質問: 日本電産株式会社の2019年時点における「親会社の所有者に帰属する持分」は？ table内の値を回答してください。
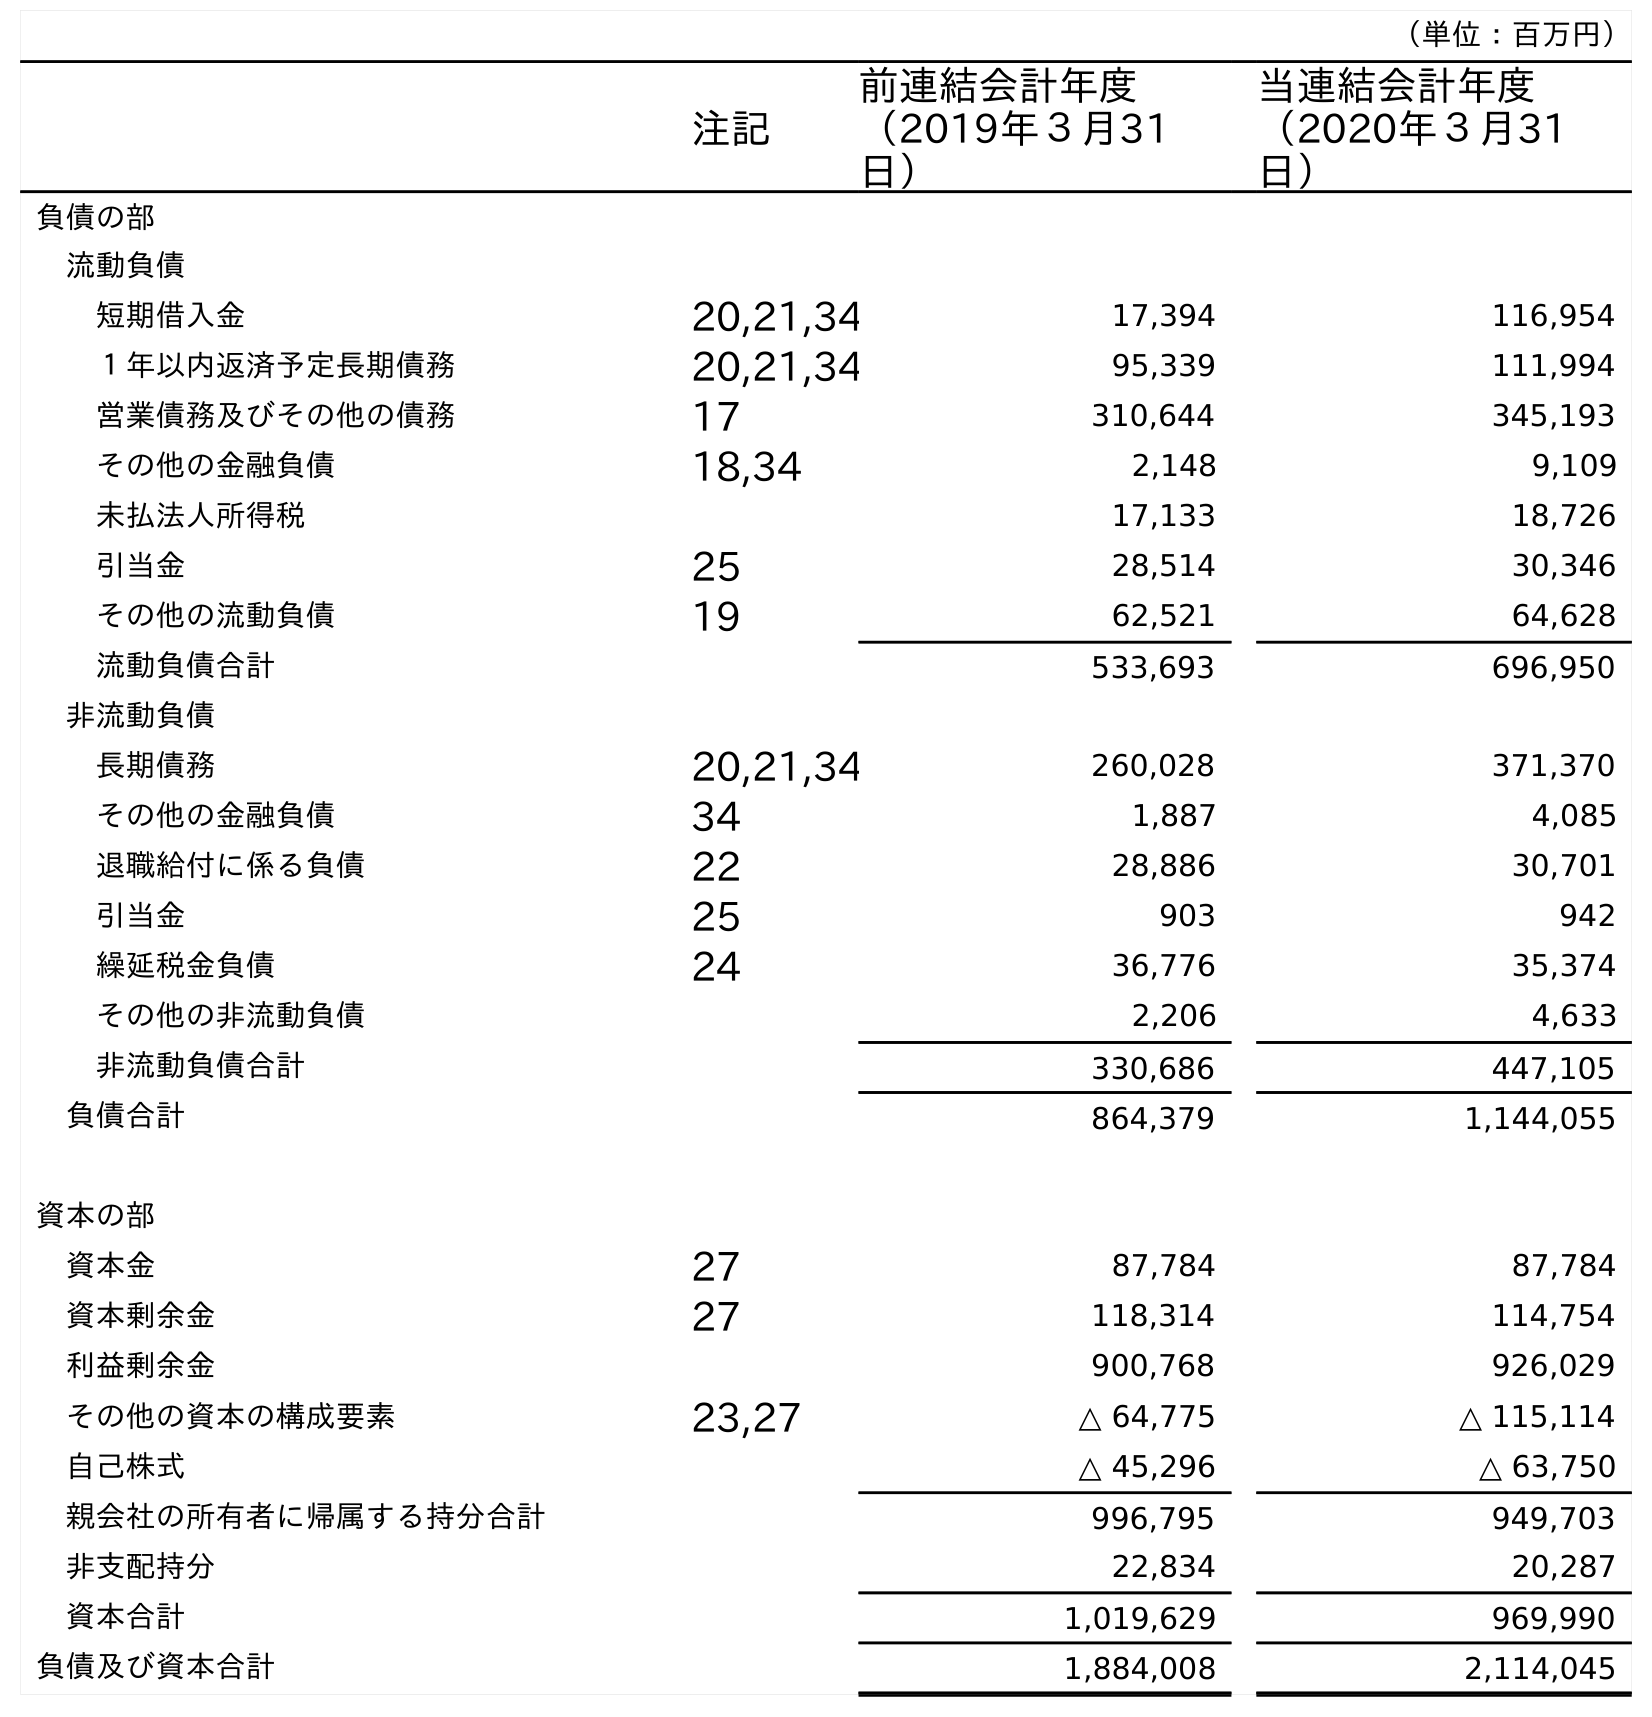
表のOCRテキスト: （単位：百万円） 注記 前連結会計年度 （2019年３月31 日） 当連結会計年度 （2020年３月31 日） 負債の部 流動負債 短期借入金 20,21,34 17,394 116,954 １年以内返済予定長期債務 20,21,34 95,339 111,994 営業債務及びその他の債務 17 310,644 345,193 その他の金融負債 18,34 2,148 9,109 未払法人所得税 17,133 18,726 引当金 25 28,514 30,346 その他の流動負債 19 62,521 64,628 流動負債合計 533,693 696,950 非流動負債 長期債務 20,21,34 260,028 371,370 その他の金融負債 34 1,887 4,085 退職給付に係る負債 22 28,886 30,701 引当金 25 903 942 繰延税金負債 24 36,776 35,374 その他の非流動負債 2,206 4,633 非流動負債合計 330,686 447,105 負債合計 864,379 1,144,055 資本の部 資本金 27 87,784 87,784 資本剰余金 27 118,314 114,754 利益剰余金 900,768 926,029 その他の資本の構成要素 23,27 △ 64,775 △ 115,114 自己株式 △ 45,296 △ 63,750 親会社の所有者に帰属する持分合計 996,795 949,703 非支配持分 22,834 20,287 資本合計 1,019,629 969,990 負債及び資本合計 1,884,008 2,114,045
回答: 996,795